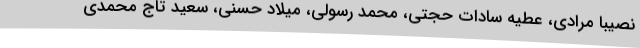
نصیبا مرادی، عطیه سادات حجتی، محمد رسولی، میلاد حسنی، سعید تاج محمدی